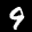
Label: 9